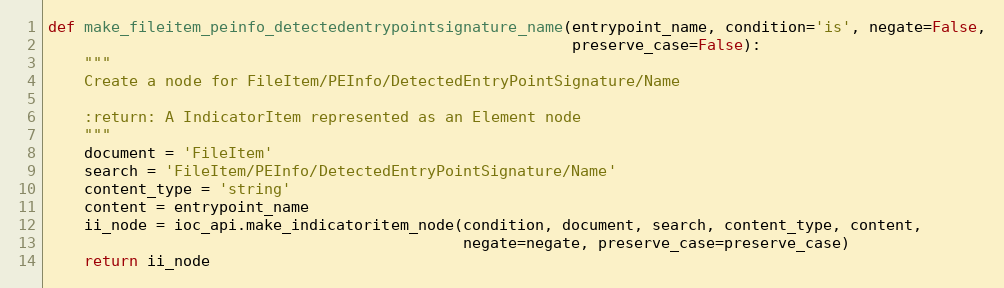
Language: Python
def make_fileitem_peinfo_detectedentrypointsignature_name(entrypoint_name, condition='is', negate=False,
                                                          preserve_case=False):
    """
    Create a node for FileItem/PEInfo/DetectedEntryPointSignature/Name

    :return: A IndicatorItem represented as an Element node
    """
    document = 'FileItem'
    search = 'FileItem/PEInfo/DetectedEntryPointSignature/Name'
    content_type = 'string'
    content = entrypoint_name
    ii_node = ioc_api.make_indicatoritem_node(condition, document, search, content_type, content,
                                              negate=negate, preserve_case=preserve_case)
    return ii_node